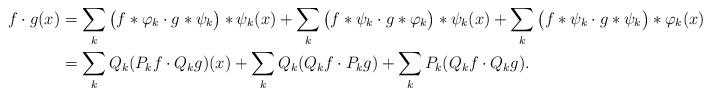
LaTeX: \begin{align*}f\cdot g (x)&=\sum_{k } \big(f \ast \varphi_k \cdot g \ast \psi_k \big) \ast \psi_k(x) +\sum_{k } \big(f \ast \psi_k \cdot g \ast \varphi_k \big) \ast \psi_k(x) +\sum_{k } \big(f \ast \psi_k \cdot g \ast \psi_k \big) \ast \varphi_k(x)\\&=\sum_{k} Q_k(P_kf \cdot Q_k g)(x)+\sum_{k} Q_k(Q_kf \cdot P_k g) +\sum_{k} P_k(Q_kf \cdot Q_k g). \end{align*}